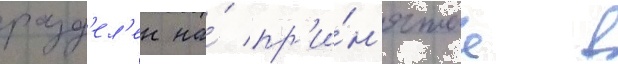
разд'ел'ен на́ пр'и́н'ятые в